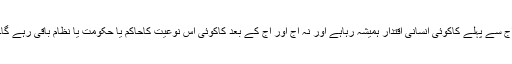
آج سے پہلے کاکوئی انسانی اقتدار ہمیشہ رہاہے اور نہ آج اور آج کے بعد کاکوئی اس نوعیت کاحاکم یا حکومت یا نظام باقی رہے گا۔